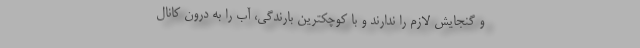
و گنجایش لازم را ندارند و با کوچکترین بارندگی، آب را به درون کانال